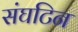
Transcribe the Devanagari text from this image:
संघटिन